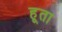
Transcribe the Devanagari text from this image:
हूता